Annual statistical returns and brief notes on vaccination in Bengal - 1909-1929
Year: 1909
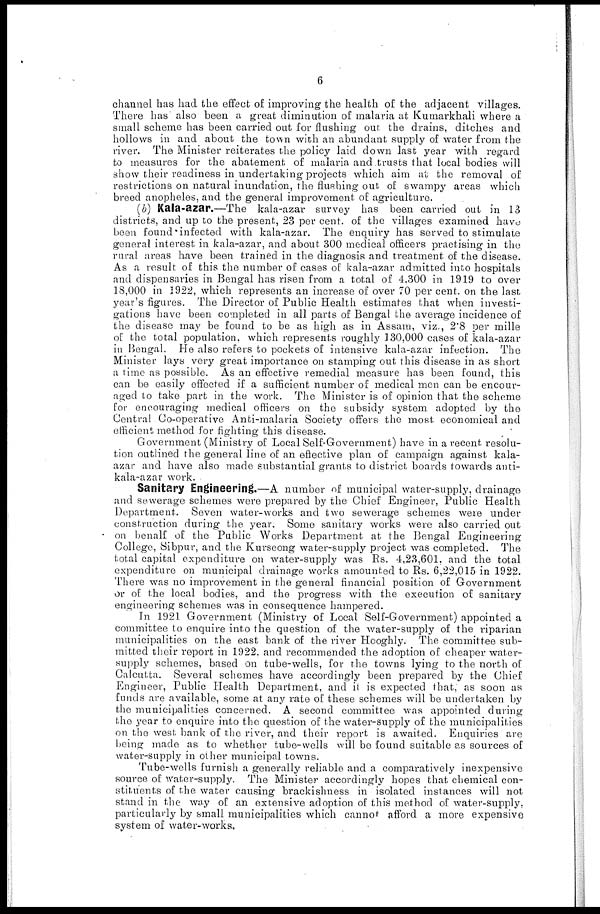
6
channel has had the effect of improving the health of the adjacent villages.
There has also been a great diminution of malaria at Kumarkhali where a
small scheme has been carried out for flushing out the drains, ditches and
hollows in and about the town with an abundant supply of water from the
river. The Minister reiterates the policy laid down last year with regard
to measures for the abatement of malaria and trusts that local bodies will
show their readiness in undertaking projects which aim at the removal of
restrictions on natural inundation, the flushing out of swampy areas which
breed anopheles, and the general improvement of agriculture.
(b) Kala-azar.—The kala-azar survey has been carried out in 13
districts, and up to the present, 23 per cent. of the villages examined have
been found infected with kala-azar. The enquiry has served to stimulate
general interest in kala-azar, and about 300 medical officers practising in the
rural areas have been trained in the diagnosis and treatment of the disease.
As a result of this the number of cases of kala-azar admitted into hospitals
and dispensaries in Bengal has risen from a total of 4,300 in 1919 to over
18,000 in 1922, which represents an increase of over 70 per cent. on the last
year's figures. The Director of Public Health estimates that when investi-
gations have been completed in all parts of Bengal the average incidence of
the disease may be found to be as high as in Assam, viz., 2.8 per mille
of the total population, which represents roughly 130,000 cases of kala-azar
in Bengal. He also refers to pockets of intensive kala-azar infection. The
Minister lays very great importance on stamping out this disease in as short
a lime as possible. As an effective remedial measure has been found, this
can be easily effected if a sufficient number of medical men can be encour-
aged to take part in the work. The Minister is of opinion that the scheme
for encouraging medical officers on the subsidy system adopted by the
Central Co-operative Anti-malaria Society offers the most economical and
efficient method for fighting this disease.
Government (Ministry of Local Self-Government) have in a recent resolu-
tion outlined the general line of an effective plan of campaign against kala-
azar and have also made substantial grants to district boards towards anti-
kala-azar work.
Sanitary Engineering.—A number of municipal water-supply, drainage
and sewerage schemes were prepared by the Chief Engineer, Public Health
Department. Seven water-works and two sewerage schemes were under
construction during the year. Some sanitary works were also carried out
on benalf of the Public Works Department at the Bengal Engineering
College, Sibpur, and the Kurseong water-supply project was completed. The
total capital expenditure on water-supply was Rs. 4,23,601, and the total
expenditure on municipal drainage works amounted to Rs. 6,22,015 in 1922.
There was no improvement in the general financial position of Government
or of the local bodies, and the progress with the execution of sanitary
engineering schemes was in consequence hampered.
In 1921 Government (Ministry of Local Self-Government) appointed a
committee to enquire into the question of the water-supply of the riparian
municipalities on the east bank of the river Hooghly. The committee sub-
mitted their report in 1922, and recommended the adoption of cheaper water-
supply schemes, based on tube-wells, for the towns lying to the north of
Calcutta. Several schemes have accordingly been prepared by the Chief
Engineer, Public Health Department, and it is expected that, as soon as
funds are available, some at any rate of these schemes will be undertaken by
the municipalities concerned. A second committee was appointed during
the year to enquire into the question of the water-supply of the municipalities
on the west bank of the river, and their report is awaited. Enquiries are
being made as to whether tube-wells will be found suitable as sources of
water-supply in other municipal towns.
Tube-wells furnish a generally reliable and a comparatively inexpensive
source of water-supply. The Minister accordingly hopes that chemical con-
stituents of the water causing brackishness in isolated instances will not
stand in the way of an extensive adoption of this method of water-supply,
particularly by small municipalities which cannot afford a more expensive
system of water-works.